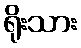
ရိုးသား